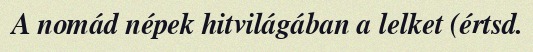
A nomád népek hitvilágában a lelket (értsd.